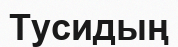
Тусидың